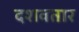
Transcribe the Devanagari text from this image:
दशवतार